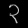
Digit: ၃